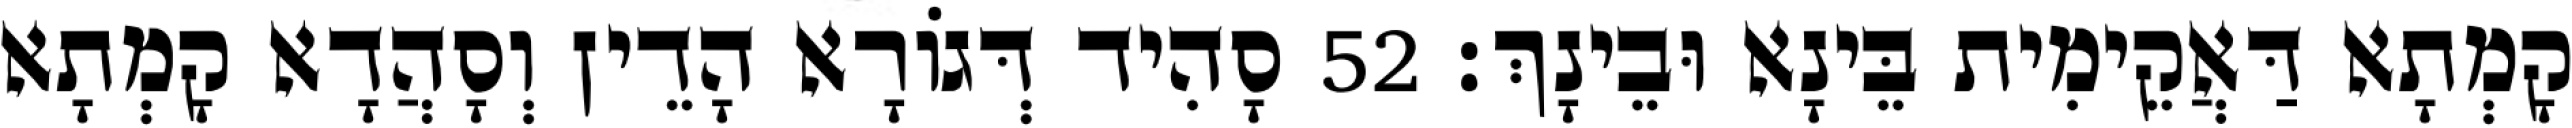
קָמְתָא דַּאֲקֵימִית בֵּינָא וּבֵינָךְ׃ 52 סָהִיד דְּגוֹרָא הָדֵין וְסָהֲדָא קָמְתָא